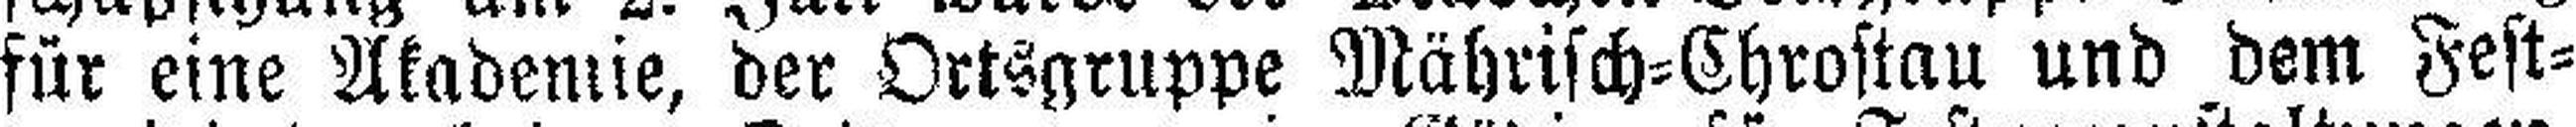
für eine Akademie, der Ortsgruppe Mährisch=Chrostau und dem Fest¬